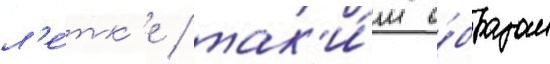
л'е́тк'е / так'и́м о́бразом